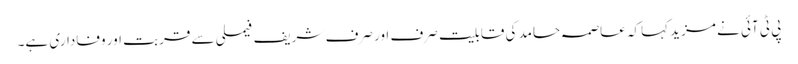
پی ٹی آئی نے مزید کہاکہ عاصمہ حامد کی قابلیت صرف اور صرف شریف فیملی سے قربت اور وفاداری ہے۔